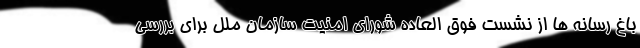
باغ رسانه ها از نشست فوق العاده شورای امنیت سازمان ملل برای بررسی